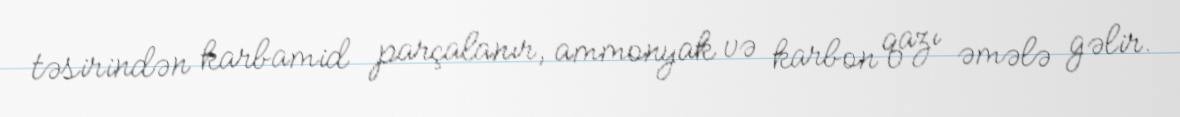
təsirindən karbamid parçalanır, ammonyak və karbon qazı əmələ gəlir.